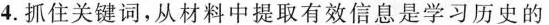
4.抓住关键词，从材料中提取有效信息是学习历史的